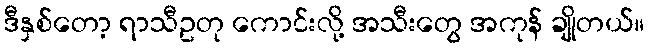
ဒီနှစ်တော့ ရာသီဥတု ကောင်းလို့ အသီးတွေ အကုန် ချိုတယ်။